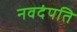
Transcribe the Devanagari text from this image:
नवदंपति